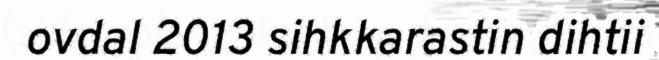
ovdal 2013 sihkkarastin dihtii